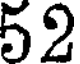
52